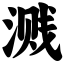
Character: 溅